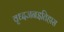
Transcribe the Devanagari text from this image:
वृध्दजनइतिहास